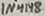
Text: 1N4148